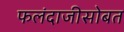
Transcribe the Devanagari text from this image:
फलंदाजीसोबत